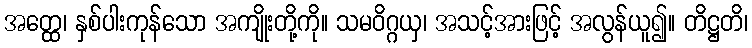
အတ္ထေ၊ နှစ်ပါးကုန်သော အကျိုးတို့ကို။ သမဝိဂ္ဂယှ၊ အသင့်အားဖြင့် အလွန်ယူ၍။ တိဋ္ဌတိ၊